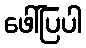
ဖေါ်ပြပါ